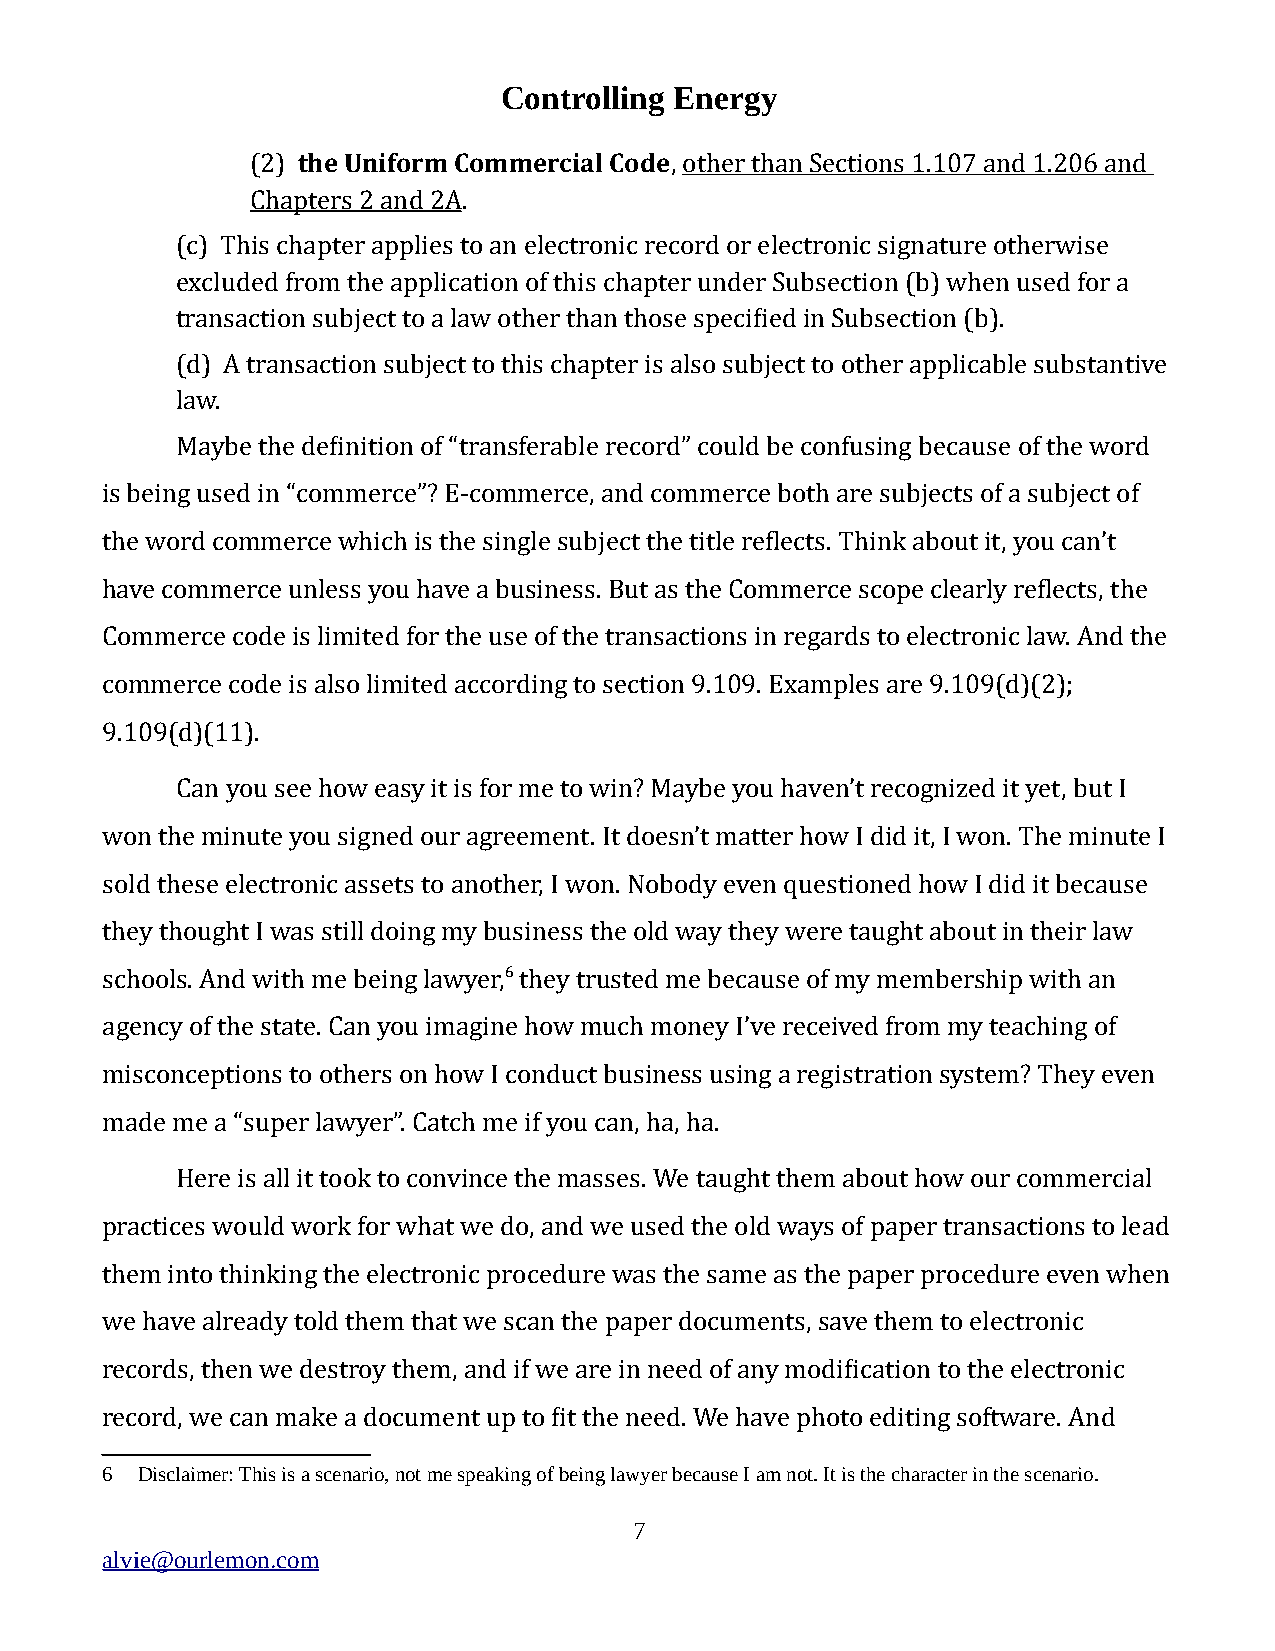
Controlling Energy
 (2) the Uniform Commercial Code, other than Sections 1.107 and 1.206 and
 Chapters 2 and 2A.
 (c) This chapter applies to an electronic record or electronic signature otherwise
 excluded from the application of this chapter under Subsection (b) when used for a
 transaction subject to a law other than those specified in Subsection (b).
 (d) A transaction subject to this chapter is also subject to other applicable substantive
 law.
 Maybe the definition of “transferable record” could be confusing because of the word
 is being used in “commerce”? E-commerce, and commerce both are subjects of a subject of
 the word commerce which is the single subject the title reflects. Think about it, you can’t
 have commerce unless you have a business. But as the Commerce scope clearly reflects, the
 Commerce code is limited for the use of the transactions in regards to electronic law. And the
 commerce code is also limited according to section 9.109. Examples are 9.109(d)(2);
 9.109(d)(11).
 Can you see how easy it is for me to win? Maybe you haven’t recognized it yet, but I
 won the minute you signed our agreement. It doesn’t matter how I did it, I won. The minute I
 sold these electronic assets to another, I won. Nobody even questioned how I did it because
 they thought I was still doing my business the old way they were taught about in their law
 schools. And with me being lawyer,6 they trusted me because of my membership with an
 agency of the state. Can you imagine how much money I’ve received from my teaching of
 misconceptions to others on how I conduct business using a registration system? They even
 made me a “super lawyer”. Catch me if you can, ha, ha.
 Here is all it took to convince the masses. We taught them about how our commercial
 practices would work for what we do, and we used the old ways of paper transactions to lead
 them into thinking the electronic procedure was the same as the paper procedure even when
 we have already told them that we scan the paper documents, save them to electronic
 records, then we destroy them, and if we are in need of any modification to the electronic
 record, we can make a document up to fit the need. We have photo editing software. And
 6 Disclaimer: This is a scenario, not me speaking of being lawyer because I am not. It is the character in the scenario.
 7
 alvie@ourlemon.com